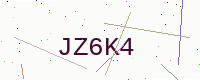
Text: JZ6K4